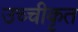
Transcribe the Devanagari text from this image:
उच्‍चीकृत